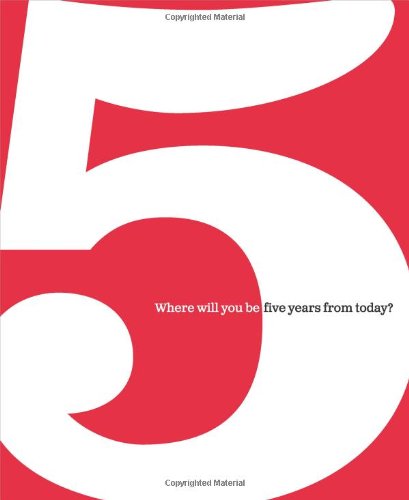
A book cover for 5: Where Will You Be Five Years from Today?; Dan Zadra; Self-Help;